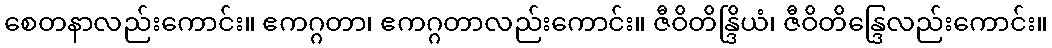
စေတနာလည်းကောင်း။ ဧကဂ္ဂတာ၊ ဧကဂ္ဂတာလည်းကောင်း။ ဇီဝိတိန္ဒြိယံ၊ ဇီဝိတိန္ဒြေလည်းကောင်း။